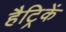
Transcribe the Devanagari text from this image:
हैट्रिकें